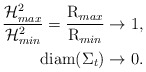
\begin{align*}\frac{\mathcal{H}^2_{max}}{\mathcal{H}^2_{min}}=\frac{\operatorname{R}_{max}}{\operatorname{R}_{min}}&\to 1,\\\operatorname{diam}(\Sigma_t)&\to 0.\end{align*}